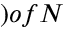
) o f N